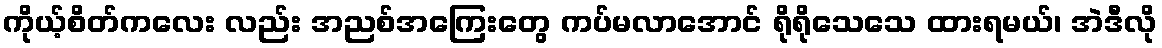
ကိုယ့်စိတ်ကလေး လည်း အညစ်အကြေးတွေ ကပ်မလာအောင် ရိုရိုသေသေ ထားရမယ်၊ အဲဒီလို